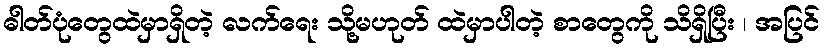
ဓါတ်ပုံတွေထဲမှာရှိတဲ့ လက်ရေး သို့မဟုတ် ထဲမှာပါတဲ့ စာတွေကို သိရှိပြီး ၊ အပြင်